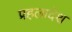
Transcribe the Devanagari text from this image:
प्रहलादेश